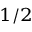
{ } ^ { 1 / 2 }